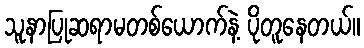
သူနာပြုဆရာမတစ်ယောက်နဲ့ ပိုတူနေတယ်။